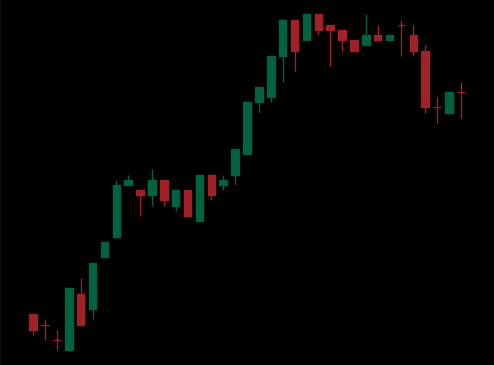
Pattern: bear_flag